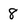
Character: 8